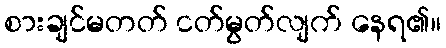
စားချင်မတတ် ငတ်မွတ်လျက် နေရ၏။